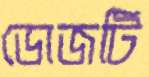
ডোজটি